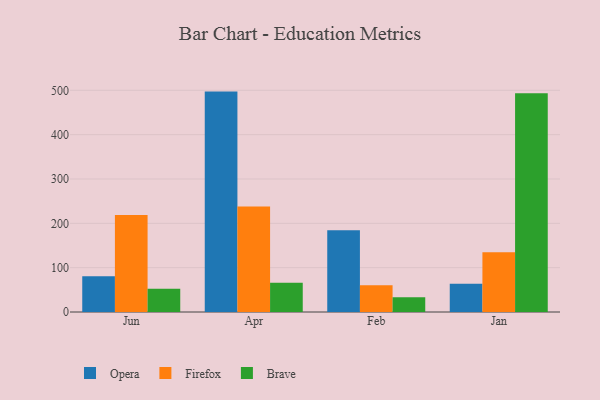
{"axis": {"x": "Month", "y": "Latency (ms)"}, "legend": ["Brave", "Firefox", "Opera"], "data": [{"x": "Jun", "y": 80.8, "type": "Opera"}, {"x": "Jun", "y": 219.0, "type": "Firefox"}, {"x": "Jun", "y": 52.5, "type": "Brave"}, {"x": "Apr", "y": 497.1, "type": "Opera"}, {"x": "Apr", "y": 237.9, "type": "Firefox"}, {"x": "Apr", "y": 65.9, "type": "Brave"}, {"x": "Feb", "y": 184.5, "type": "Opera"}, {"x": "Feb", "y": 60.3, "type": "Firefox"}, {"x": "Feb", "y": 33.4, "type": "Brave"}, {"x": "Jan", "y": 63.9, "type": "Opera"}, {"x": "Jan", "y": 134.6, "type": "Firefox"}, {"x": "Jan", "y": 493.3, "type": "Brave"}]}